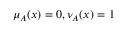
\mu _ { A } ( x ) = 0 , \nu _ { A } ( x ) = 1